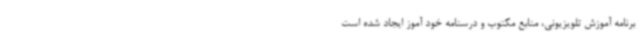
برنامه آموزش تلویزیونی، منابع مکتوب و درسنامه خود آموز ایجاد شده است